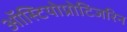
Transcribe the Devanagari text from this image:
ऑस्टियोप्रोटिजरिन